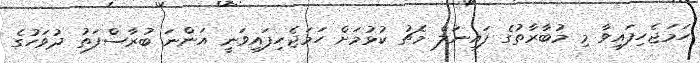
ހަމަޖެހިފައިވާ މި މުބާރާތުގެ ފައިނަލް މެޗު ކުޅުމަށް ހަމަޖެހިފައިވަނީ އަންނަ ބުރާސްފަތު ދުވަހުގެ